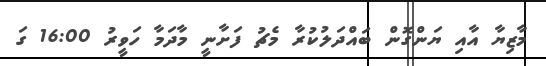
މާޒިޔާ އާއި ޔަންގޮން ބައްދަލުކުރާ މެޗު ފަށާނީ މާދަމާ ހަވީރު 16:00 ގަ